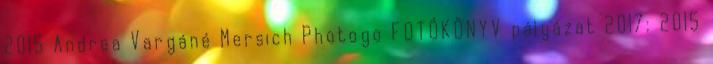
2015 Andrea Vargáné Mersich Photogo FOTÓKÖNYV pályázat 2017: 2015